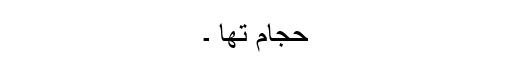
حجام تھا ۔